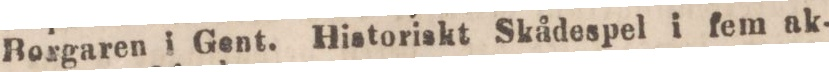
Borgaren i Gent. Historiskt Skådespel i fem ak-